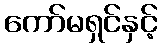
ကော်မရှင်နှင့်